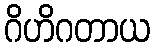
ဂိဟိဂတာယ